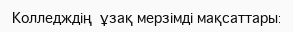
Колледждің  ұзақ мерзімді мақсаттары: